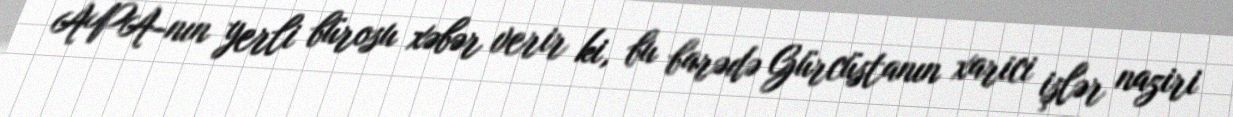
APA-nın yerli bürosu xəbər verir ki, bu barədə Gürcüstanın xarici işlər naziri